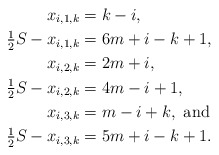
\begin{align*}x_{i,1,k} &= k-i, \\\tfrac{1}{2} S -x_{i,1,k} &= 6m+i-k+1, \\x_{i,2,k} &= 2m+i, \\\tfrac{1}{2} S - x_{i,2,k} &= 4m-i+1, \\x_{i,3,k} &= m-i+k, \mbox{ and } \\\tfrac{1}{2} S - x_{i,3,k} &= 5m+i-k+1. \end{align*}